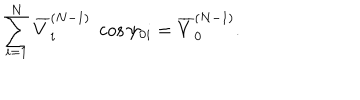
LaTeX: \sum _ { i = 1 } ^ { N } \overline { { { V } } } _ { i } ^ { ( N - 1 ) } \; \cos \psi _ { 0 i } = \overline { { { V } } } _ { 0 } ^ { ( N - 1 ) } .